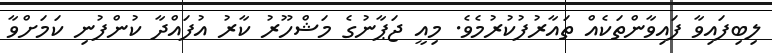
ލިބިފައިވާ ފައިވާންތަކެއް ތައާރުފުކުރުމެވެ. މިއީ ޖަޕާނުގެ މަޝްހޫރު ކާރު އުފައްދާ ކުންފުނި ކަމަށްވާ